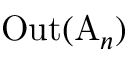
\operatorname { O u t } ( \mathrm { A } _ { n } )